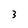
Character: 3